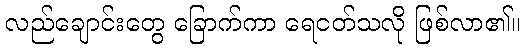
လည်ချောင်းတွေ ခြောက်ကာ ရေငတ်သလို ဖြစ်လာ၏။